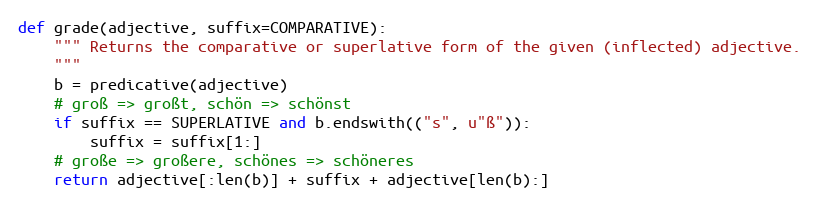
Language: Python
def grade(adjective, suffix=COMPARATIVE):
    """ Returns the comparative or superlative form of the given (inflected) adjective.
    """
    b = predicative(adjective)
    # groß => großt, schön => schönst
    if suffix == SUPERLATIVE and b.endswith(("s", u"ß")):
        suffix = suffix[1:]
    # große => großere, schönes => schöneres
    return adjective[:len(b)] + suffix + adjective[len(b):]